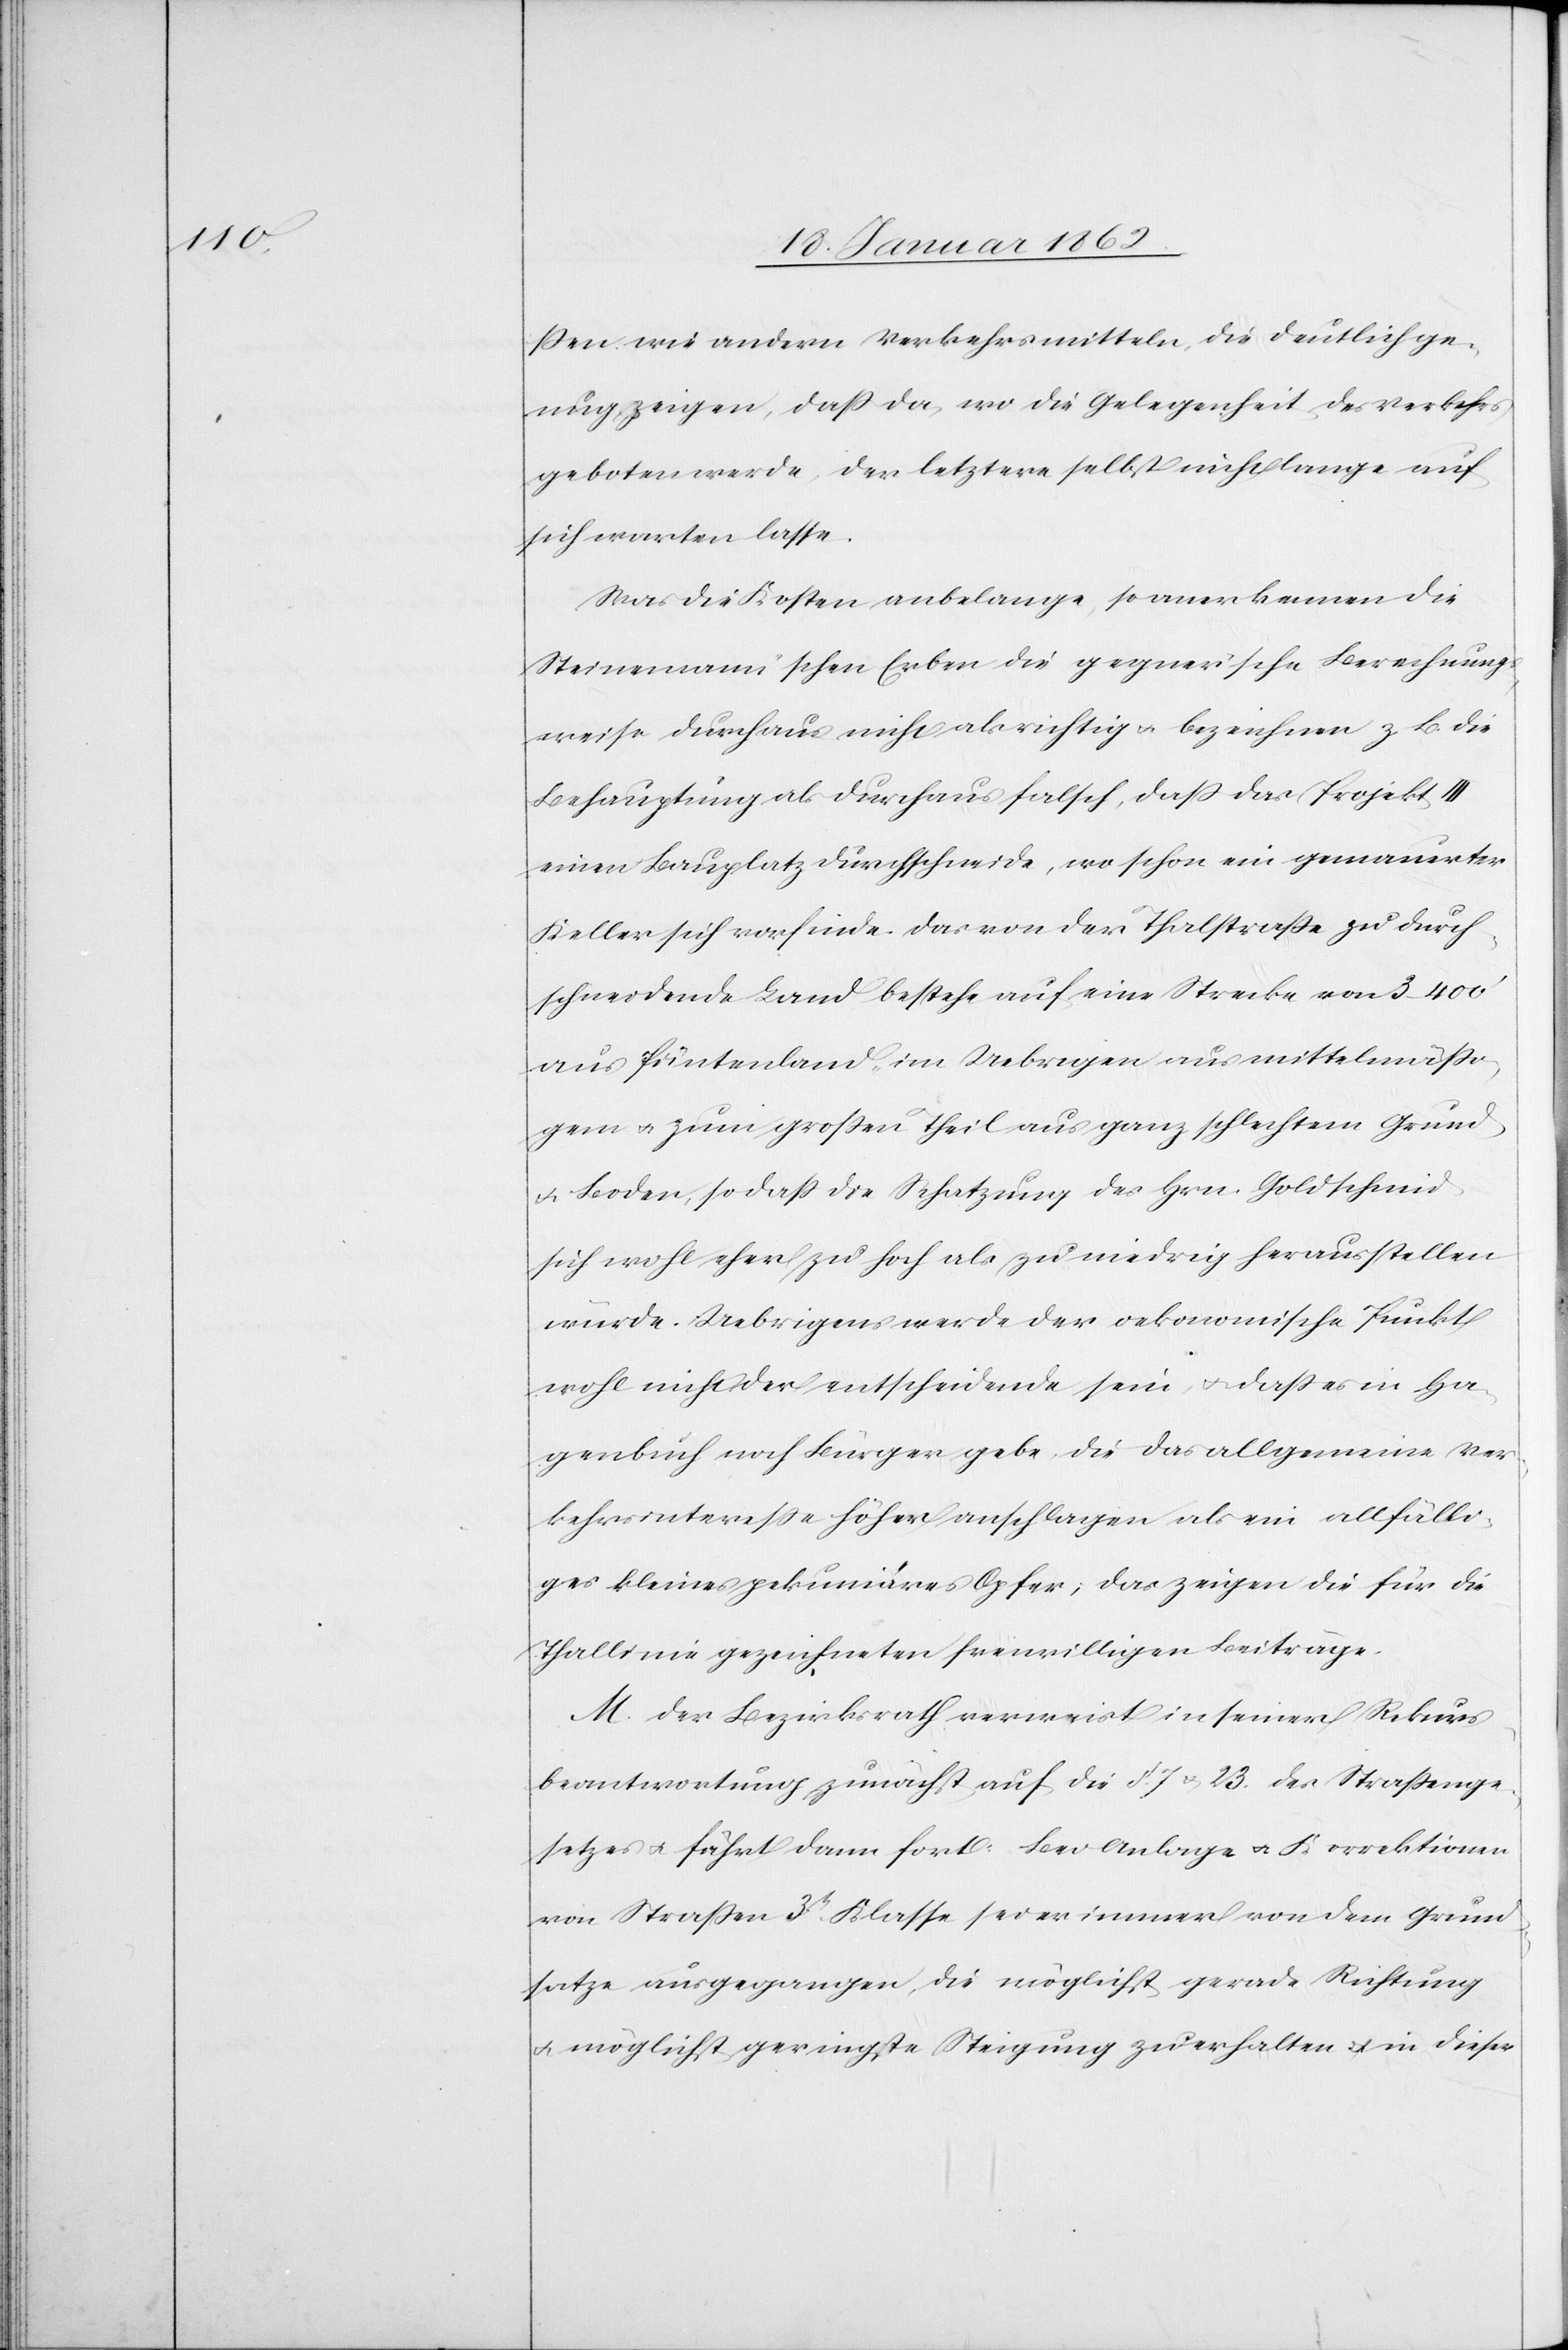
ßen wie andern Verkehrsmitteln, die deutlich ge¬
nug zeigen, daß da, wo die Gelegenheit des Verkehrs
geboten werde, der letztere selbst nicht lange auf
sich warten lasse.
Was die Kosten anbelange, so anerkennen die
Steinemann’schen Erben die gegnerische Berechnung¬
sweise durchaus nicht als richtig u. bezeichnen z. B. die
Behauptung als durchaus falsch, daß das Projekt III
einen Bauplatz durchschneide, wo schon ein gemauerter
Keller sich vorfinde. Das von der Thalstraße zu durch¬
schneidende Land bestehe auf eine Strecke von 3–400’
aus Püntenland, im Uebrigen aus mittelmäßi¬
gem u. zum großen Theil aus ganz schlechtem Grund
u. Boden, so daß die Schatzung des Hrn. Goldschmid
sich noch eher zu hoch als zu niedrig herausstellen
würde. Uebrigens werde der oekonomische Punkt
noch nicht der entscheidende sein, u. daß es in Ha¬
genbuch noch Bürger gebe, die das allgemeine Ver¬
kehrsintereße höher anschlagen, als ein allfälli¬
ges kleines pekuniäres Opfer; das zeigen die für die
Thallinie gezeichneten freiwilligen Beiträge.
M. Der Bezirksrath verweist in seiner Rekurs¬
beantwortung zunächst auf die §. 7 u. 23. des Straßenge¬
setzes u. fährt dann fort: Bei Anlage u. Korrektionen
von Straßen 3tr. Klasse sei er immer von dem Grund¬
satze ausgegangen, die möglichst gerade Richtung
u. möglichst geringste Steigung zu erhalten u. in dieser